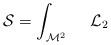
LaTeX: \begin{align*}{\cal S} = \int_{{\cal M}^{2}} ~~~~{\cal L}_2\end{align*}